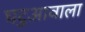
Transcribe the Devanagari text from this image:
घटुआवाला